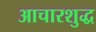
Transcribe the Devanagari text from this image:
आचारशुद्ध